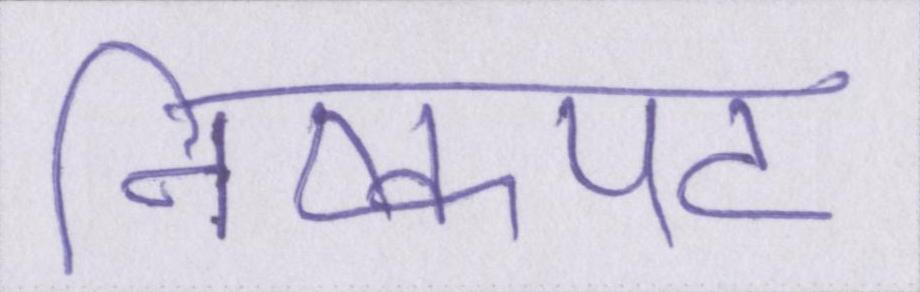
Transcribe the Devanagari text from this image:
निष्कपट